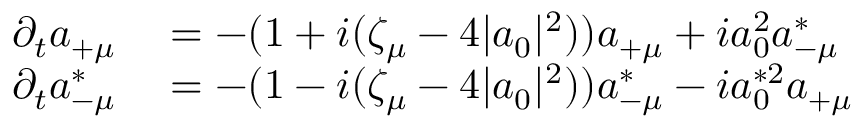
\begin{array} { r l } { \partial _ { t } a _ { + \mu } } & { { } = - ( 1 + i ( \zeta _ { \mu } - 4 | a _ { 0 } | ^ { 2 } ) ) a _ { + \mu } + i a _ { 0 } ^ { 2 } a _ { - \mu } ^ { * } } \\ { \partial _ { t } a _ { - \mu } ^ { * } } & { { } = - ( 1 - i ( \zeta _ { \mu } - 4 | a _ { 0 } | ^ { 2 } ) ) a _ { - \mu } ^ { * } - i a _ { 0 } ^ { * 2 } a _ { + \mu } } \end{array}